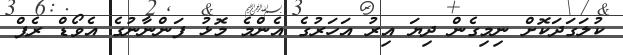
ކުލަގަދަކޮށް ނިމިގެން ދިޔަ އިރު އަހަރުގެ އެންމެ މޮޅު ފަންނާނުގެ އެވޯޑް ރެޕް